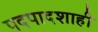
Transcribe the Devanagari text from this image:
पदपादशाही